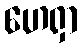
ဟေရှာ